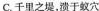
C.千里之堤，溃于蚁穴